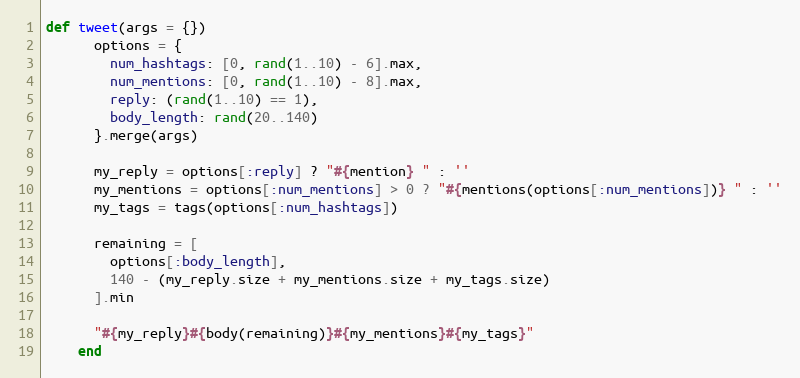
Language: Ruby
def tweet(args = {})
      options = {
        num_hashtags: [0, rand(1..10) - 6].max,
        num_mentions: [0, rand(1..10) - 8].max,
        reply: (rand(1..10) == 1),
        body_length: rand(20..140)
      }.merge(args)

      my_reply = options[:reply] ? "#{mention} " : ''
      my_mentions = options[:num_mentions] > 0 ? "#{mentions(options[:num_mentions])} " : ''
      my_tags = tags(options[:num_hashtags])

      remaining = [
        options[:body_length],
        140 - (my_reply.size + my_mentions.size + my_tags.size)
      ].min

      "#{my_reply}#{body(remaining)}#{my_mentions}#{my_tags}"
    end